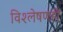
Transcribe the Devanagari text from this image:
विश्‍लेषणही